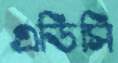
এডিসি